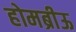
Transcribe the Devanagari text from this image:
होमब्रीऊ